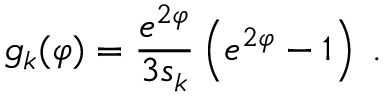
g _ { k } ( \varphi ) = \frac { e ^ { 2 \varphi } } { 3 s _ { k } } \left( e ^ { 2 \varphi } - 1 \right) \; .